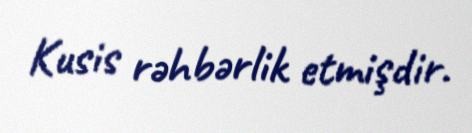
Kusis rəhbərlik etmişdir.